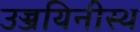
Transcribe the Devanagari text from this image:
उज्जयिनीस्थ